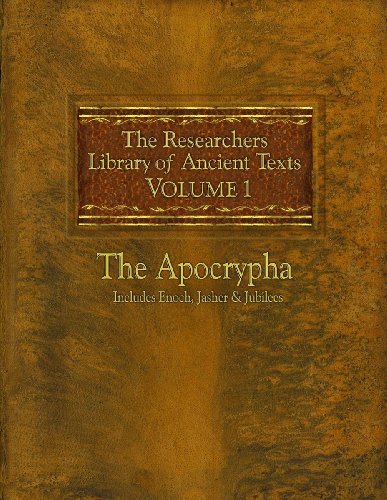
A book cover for The Researchers Library of Ancient Texts: Volume One -- The Apocrypha: Includes the Books of Enoch, Jasher, and Jubilees; Christian Books & Bibles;